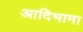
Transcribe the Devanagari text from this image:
आदिभामा